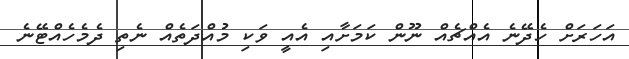
އަހަރަށް ހެދޭނެ އެއްޗެއް ނޫން ކަމަށާއި އެއީ ވަކި މުއްދަތެއް ނެތި ދެމެހެއްޓޭނެ